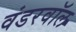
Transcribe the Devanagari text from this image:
वंडरवॉल